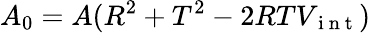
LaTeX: A_{0}=A(R^{2}+T^{2}-2RTV_{\mathrm{~i~n~t~}})